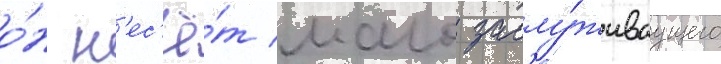
о́н н'ес'ё́т мало заслу́живаущего